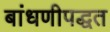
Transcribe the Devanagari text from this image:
बांधणीपद्धत